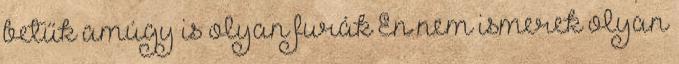
betűk amúgy is olyan furák Én nem ismerek olyan